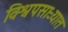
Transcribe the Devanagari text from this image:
विश्वपसाऱ्यात